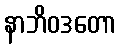
နာဘိဝဒတော